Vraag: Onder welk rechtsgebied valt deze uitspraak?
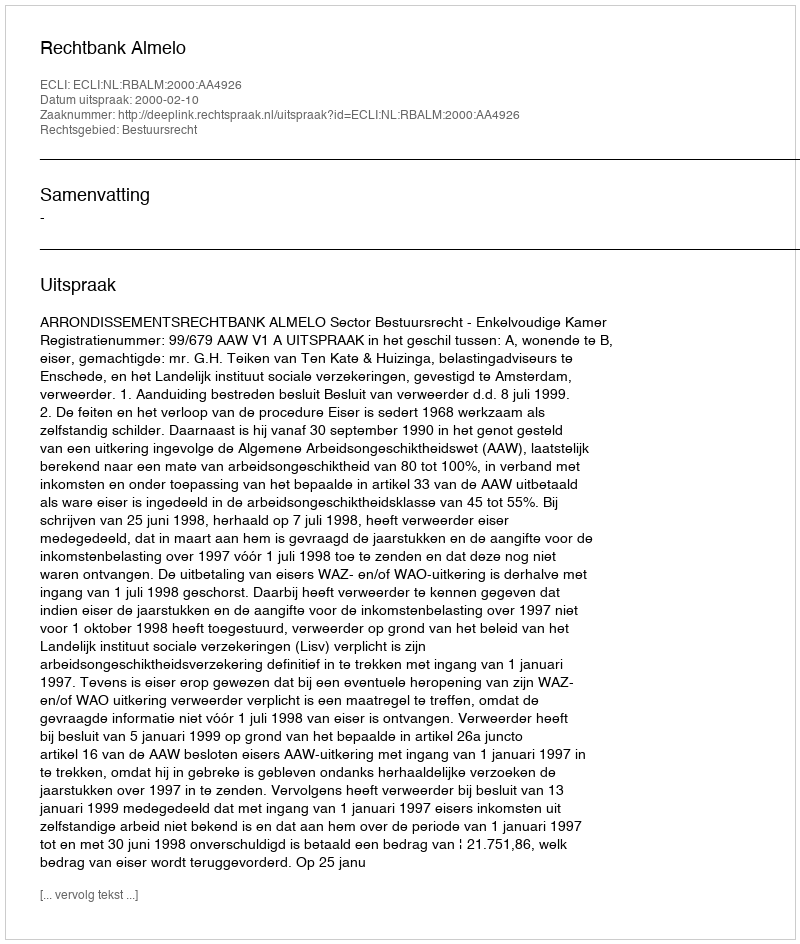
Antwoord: Bestuursrecht